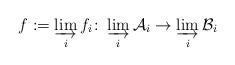
LaTeX: \begin{align*}f := \varinjlim_i f_i\colon \varinjlim_i \mathcal A_i \to \varinjlim_i \mathcal B_i\end{align*}